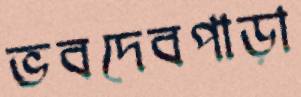
ভবদেবপাড়া